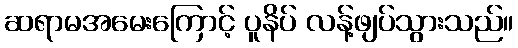
ဆရာမအမေးကြောင့် ပူနိပ် လန့်ဖျပ်သွားသည်။